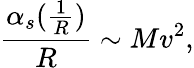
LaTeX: \frac{\alpha_{s}(\frac{1}{R})}{R}\sim Mv^{2},